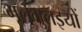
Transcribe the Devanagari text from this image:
भूलभुलइयों